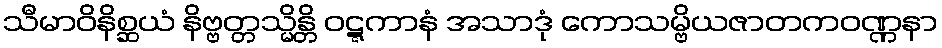
သီမာဝိနိစ္ဆယံ နိဗ္ဗတ္တသ္မိန္တိ ဝဋ္ဋကာနံ အသာဒုံ ကောသမ္ဗိယဇာတကဝဏ္ဏနာ